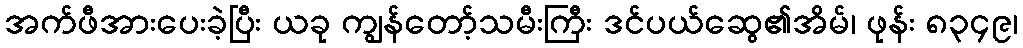
အက်ဖီအားပေးခဲ့ပြီး ယခု ကျွန်တော့်သမီးကြီး ဒင်ပယ်ဆွေ၏အိမ်၊ ဖုန်း ၈၃၄၉၊